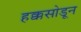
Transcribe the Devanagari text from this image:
हक्कसोडून